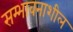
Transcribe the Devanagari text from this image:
सम्भावनाशील